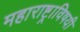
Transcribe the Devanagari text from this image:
महाराष्ट्राविषयी